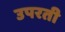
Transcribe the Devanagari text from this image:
उपरती